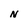
Character: N